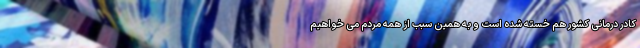
کادر درمانی کشور هم خسته شده است و به همین سبب از همه مردم می خواهیم